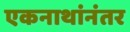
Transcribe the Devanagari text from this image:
एकनाथांनंतर